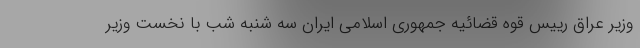
وزیر عراق رییس قوه قضائیه جمهوری اسلامی ایران سه شنبه شب با نخست وزیر